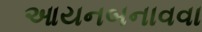
આયનબનાવવા